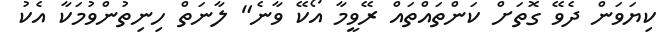
ކިޔަވަން ދެވޭ ގޮތަށް ކަންތައްތައް ރޭވީމާ އޯކޭ ވާނެ" ލާނަތް ހިނިތުންވުމަކާ އެކު